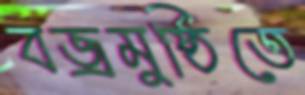
বজ্রমুষ্ঠিতে